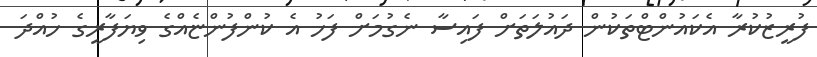
ފުރީޒުކުރާ އެކައުންޓްތަކުން ދައުލަތަށް ފައިސާ ނެގުމަށް ފަހު އެ ކުންފުންޏެއްގެ ވިޔަފާރީގެ ހުއްދަ